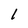
Character: 1